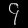
Digit: ၄